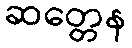
ဆတ္တေန